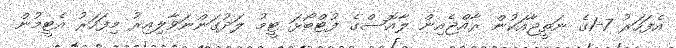
އެފަހަރު 7-1ގެ ނަތީޖާއަކުން ރާއްޖެއިން ލާއޮސްގެ ފުޓްބޯޅަ ޓީމު ލަދުގަންނަވާލިއިރު މިފަހަރު އެޓީމުން